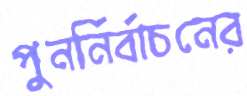
পুনর্নির্বাচনের